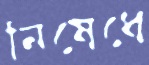
নিষেধে